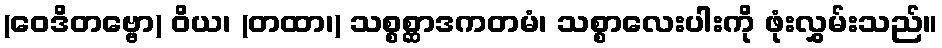
(ဝေဒိတဗ္ဗော) ဝိယ၊ (တထာ၊) သစ္စစ္ဆာဒကတမံ၊ သစ္စာလေးပါးကို ဖုံးလွှမ်းသည်။